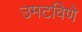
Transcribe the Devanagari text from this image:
उमटविणे